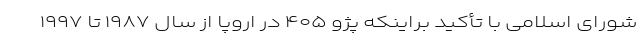
شورای اسلامی با تأکید براینکه پژو ۴۰۵ در اروپا از سال ۱۹۸۷ تا ۱۹۹۷